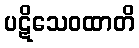
ပဋိသေဝထာတိ